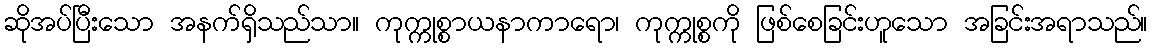
ဆိုအပ်ပြီးသော အနက်ရှိသည်သာ။ ကုက္ကုစ္စာယနာကာရော၊ ကုက္ကုစ္စကို ဖြစ်စေခြင်းဟူသော အခြင်းအရာသည်။